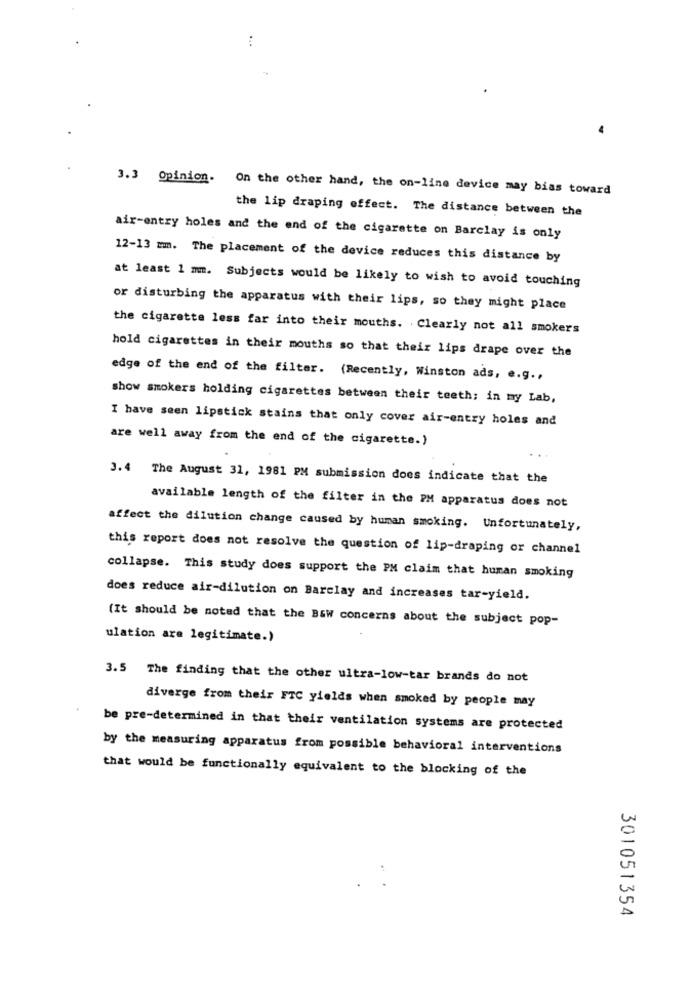
3.3 Opinion. On the other hand, the on-line device may bias toward
the lip draping effect. The distance between the
air-entry holes and the end of the cigarette on Barclay is only
12-13 mm. The placement of the device reduces this distance by
at least 1 mm. Subjects would be likely to wish to avoid touching
or disturbing the apparatus with their lips, so they might place
the cigarette less far into their mouths. Clearly not all smokers
hold cigarettes in their mouths so that their lips drape over the
edge of the end of the filter. (Recently, Winston ads, e.g .,
show smokers holding cigarettes between their teeth; in my Lab,
I have seen lipstick stains that only cover air-entry holes and
are well away from the end of the cigarette.)
3.4 The August 31, 1981 PM submission does indicate that the
available length of the filter in the PM apparatus does not
affect the dilution change caused by human smoking. Unfortunately,
this report does not resolve the question of lip-draping or channel
collapse. This study does support the PM claim that human smoking
does reduce air-dilution on Barclay and increases tar-yield.
(It should be noted that the B&W concerns about the subject pop-
ulation are legitimate.)
3.5 The finding that the other ultra-low-tar brands do not
diverge from their FTC yields when smoked by people may
be pre-determined in that their ventilation systems are protected
by the measuring apparatus from possible behavioral interventions
that would be functionally equivalent to the blocking of the
301051354